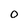
Character: 0